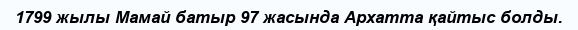
1799 жылы Мамай батыр 97 жасында Архатта қайтыс болды.